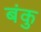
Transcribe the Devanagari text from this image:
बंकु